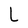
Character: L